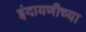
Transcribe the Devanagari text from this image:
इंदायणीच्या